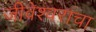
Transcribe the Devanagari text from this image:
जीवेश्वराचा